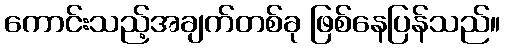
ကောင်းသည့်အချက်တစ်ခု ဖြစ်နေပြန်သည်။